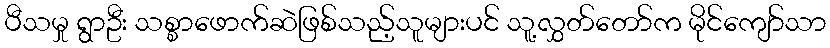
ပီသမှု ရွာဦး သစ္စာဖောက်ဆဲဖြစ်သည့်သူများပင် သူ့လွှတ်တော်က မိုင်ကျော်သာ